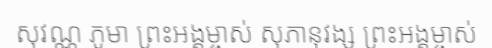
សុវណ្ណ ភូមា ព្រះអង្គម្ចាស់ សុភានុវង្ស ព្រះអង្គម្ចាស់